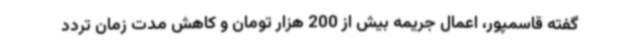
گفته قاسمپور، اعمال جریمه بیش از 200 هزار تومان و کاهش مدت زمان تردد